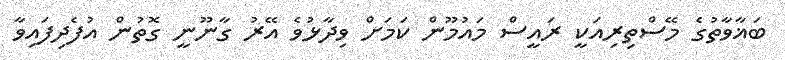
ބަޣާވާތުގެ މޭސްތިރިއަކީ ރައީސް މައުމޫން ކަމަށް ވިދާޅުވެ އޭރު ގާނޫނީ ގޮތުން އުފެދިފައިވާ